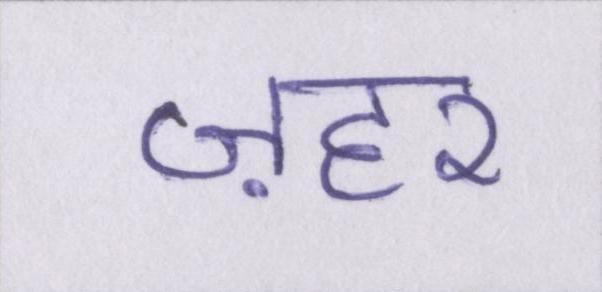
ज़हर